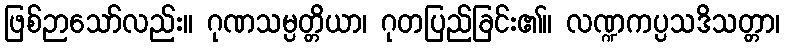
ဖြစ်ဉာသော်လည်း။ ဂုဏသမ္ပတ္တိယာ၊ ဂုတပြည်ခြင်း၏။ လဏ္ဍကပ္ပသဒိသတ္တာ၊